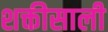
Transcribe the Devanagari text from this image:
शक्तीसाली